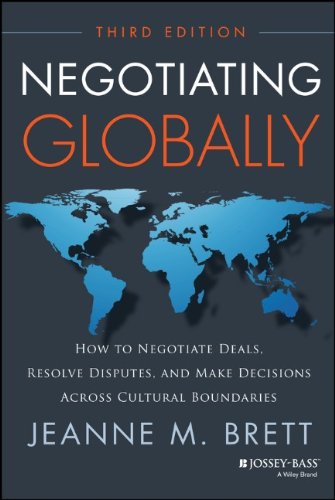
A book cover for Negotiating Globally: How to Negotiate Deals, Resolve Disputes, and Make Decisions Across Cultural Boundaries (Jossey-Bass Business & Management); Jeanne M. Brett; Business & Money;